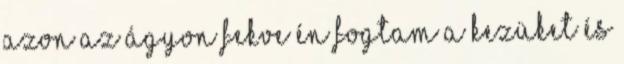
azon az ágyon fekve én fogtam a kezüket és